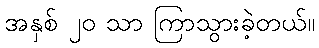
အနှစ် ၂၀ သာ ကြာသွားခဲ့တယ်။